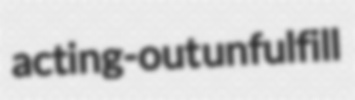
acting-out unfulfill